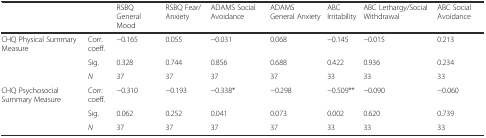
|  |  | RSBQ General Mood | RSBQ Fear/Anxiety | ADAMS Social Avoidance | ADAMS General Anxiety | ABC Irritability | ABC Lethargy/Social Withdrawal | ABC Social Avoidance |
 | --- | --- | --- | --- | --- | --- | --- | --- | --- |
 | CHQ Physical Summary Measure | Corr. coeff. | −0.165 | 0.055 | −0.031 | 0.068 | −0.145 | −0.015 | 0.213 |
 |  | Sig. | 0.328 | 0.744 | 0.856 | 0.688 | 0.422 | 0.936 | 0.234 |
 |  | N | 37 | 37 | 37 | 37 | 33 | 33 | 33 |
 | CHQ Psychosocial Summary Measure | Corr. coeff. | −0.310 | −0.193 | −0.338* | −0.298 | −0.509** | −0.090 | −0.060 |
 |  | Sig. | 0.062 | 0.252 | 0.041 | 0.073 | 0.002 | 0.620 | 0.739 |
 |  | N | 37 | 37 | 37 | 37 | 33 | 33 | 33 |